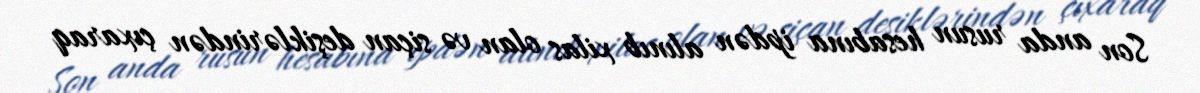
Son anda rusun hesabına ipdən alınıb xilas olan və siçan deşiklərindən çıxaraq